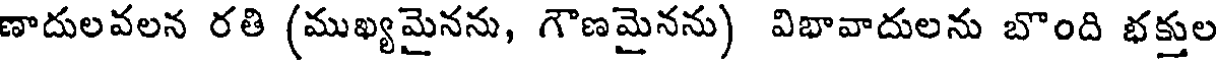
ణాదులవలన రతి (ముఖ్యమైనను, గౌణమైనను) విభావాదులను బొంది భక్తుల